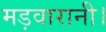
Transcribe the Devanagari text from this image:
मड़वारानी।